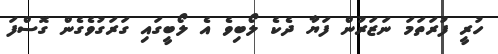
ހުރީ ފުރަތަމަ ނަޒަރުން ފަޔާ ދެކެ ލޯބިވެ އެ ލޯބީގައި ގަރަގުވެގެން ގޮސްފަ